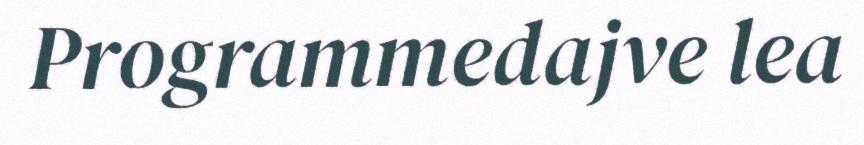
Programmedajve lea